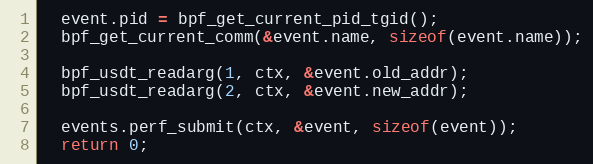
Language: C++
  event.pid = bpf_get_current_pid_tgid();
  bpf_get_current_comm(&event.name, sizeof(event.name));

  bpf_usdt_readarg(1, ctx, &event.old_addr);
  bpf_usdt_readarg(2, ctx, &event.new_addr);

  events.perf_submit(ctx, &event, sizeof(event));
  return 0;